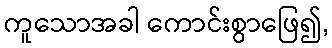
ကူသောအခါ ကောင်းစွာဖြေ၍,